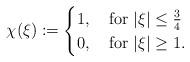
LaTeX: \begin{align*} \chi(\xi):=\begin{cases}1, \ \ \mbox { for } |\xi|\leq\frac{3}{4}\\0, \ \ \mbox { for } |\xi|\geq 1.\end{cases}\end{align*}